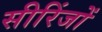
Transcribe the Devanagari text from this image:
सीरिंजों